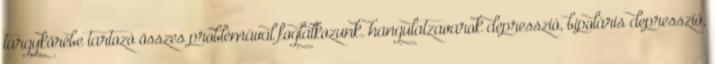
tárgykörébe tartozó összes problémával foglalkozunk. hangulatzavarok depresszió, bipoláris depresszió,